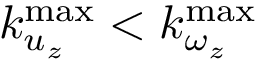
k _ { u _ { z } } ^ { \mathrm { m a x } } < k _ { \omega _ { z } } ^ { \mathrm { m a x } }